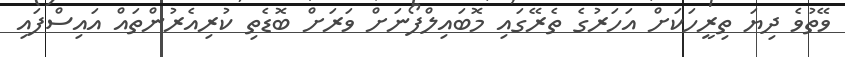
ވޭތުވެ ދިޔަ ތިރީހަކަށް އަހަރުގެ ތެރޭގައި މޮބައިލްފޯނަށް ވަރަށް ބޮޑެތި ކުރިއެރުންތައް އައިސްފައި